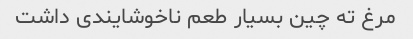
مرغ ته چین بسیار طعم ناخوشایندی داشت